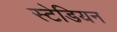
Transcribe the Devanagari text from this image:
स्टेडियन